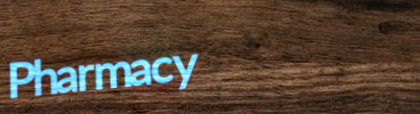
Pharmacy